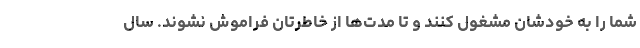
شما را به خودشان مشغول کنند و تا مدت‌ها از خاطرتان فراموش نشوند. سال